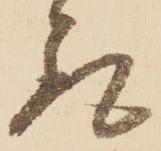
取